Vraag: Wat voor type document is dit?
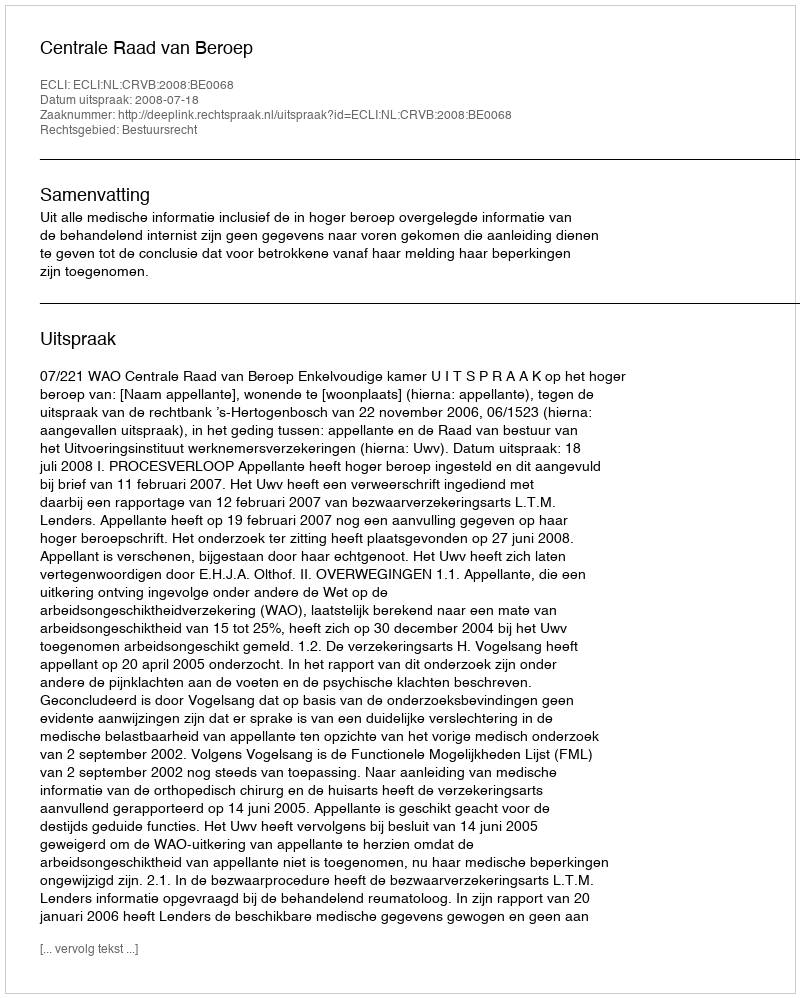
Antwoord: Uitspraak